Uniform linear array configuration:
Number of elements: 12
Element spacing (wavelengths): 0.25
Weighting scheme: binomial
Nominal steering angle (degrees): -45
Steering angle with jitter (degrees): -43.396
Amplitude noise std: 0.05
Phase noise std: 0.05

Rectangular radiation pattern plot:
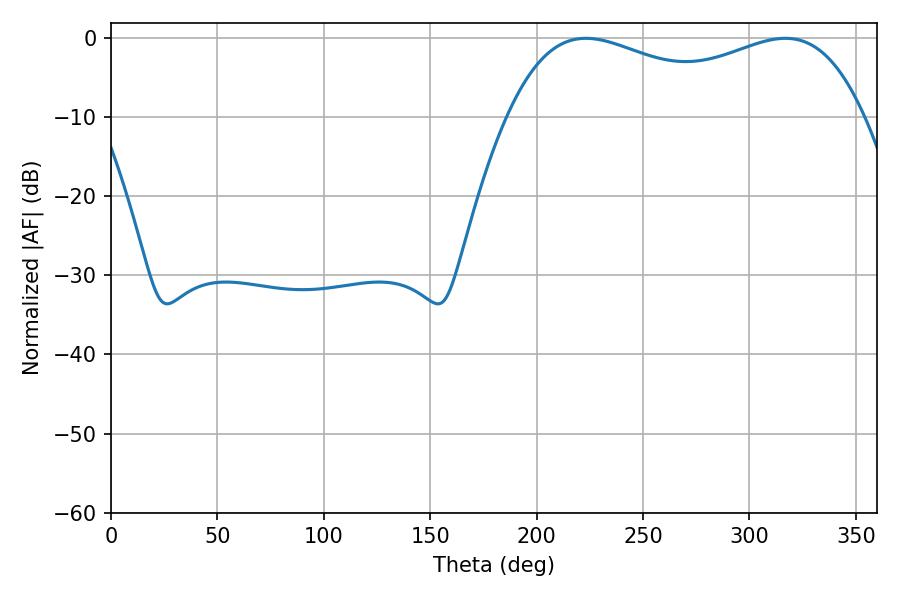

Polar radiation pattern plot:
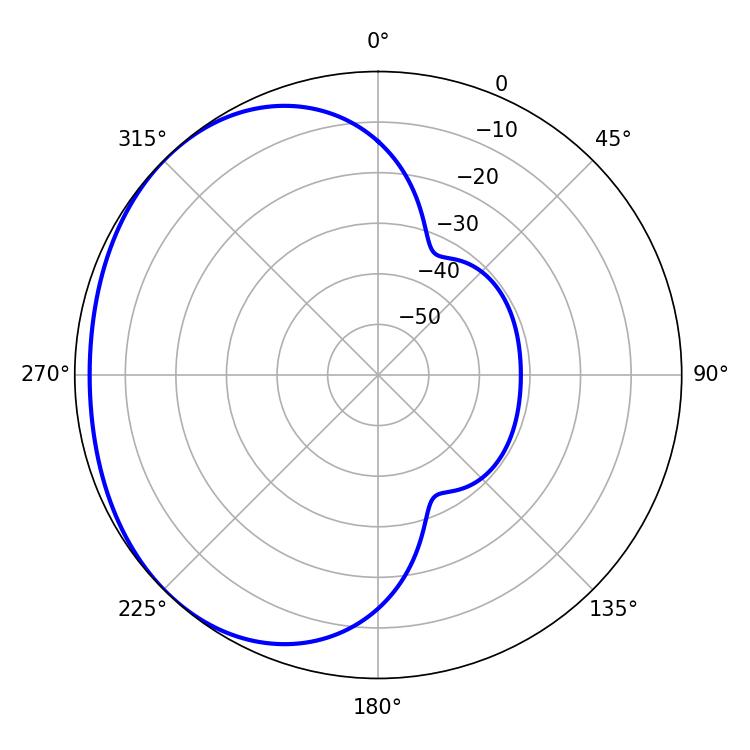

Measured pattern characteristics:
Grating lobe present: FALSE
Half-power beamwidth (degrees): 137.52
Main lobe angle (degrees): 223.2